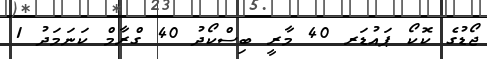
ޖޯޑުގެ ކޮކޯ ޕައުޑަރ 40 މާރީ ބިސްކޯދު 40 ގްރާމް ކަނަމަދު 1